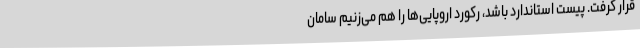
قرار گرفت. پیست استاندارد باشد، رکورد اروپایی‌ها را هم می‌زنیم سامان